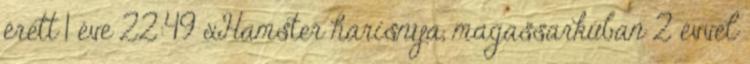
érett 1 éve 22:49 xHamster harisnya, magassarkúban 2 évvel